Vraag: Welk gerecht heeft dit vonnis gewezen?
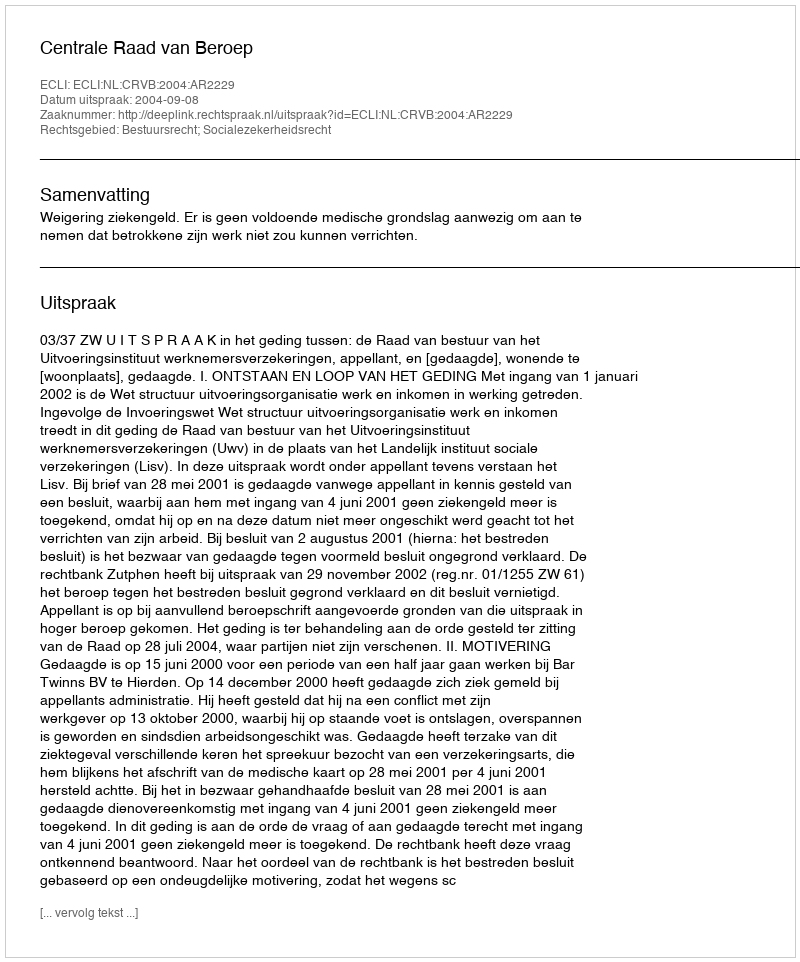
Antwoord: Centrale Raad van Beroep